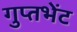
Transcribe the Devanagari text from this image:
गुप्तभेंट